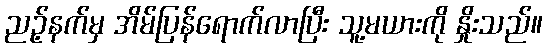
ညဉ့်နက်မှ အိမ်ပြန်ရောက်လာပြီး သူ့မယားကို နှိုးသည်။